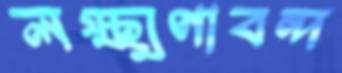
লক্ষ্মণাবন্দ